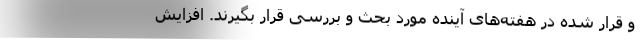
و قرار شده در هفته‌های آینده مورد بحث و بررسی قرار بگیرند. افزایش